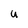
Character: U